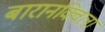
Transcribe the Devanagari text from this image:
बारानक्विला